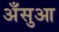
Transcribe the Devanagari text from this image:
अँसुआ